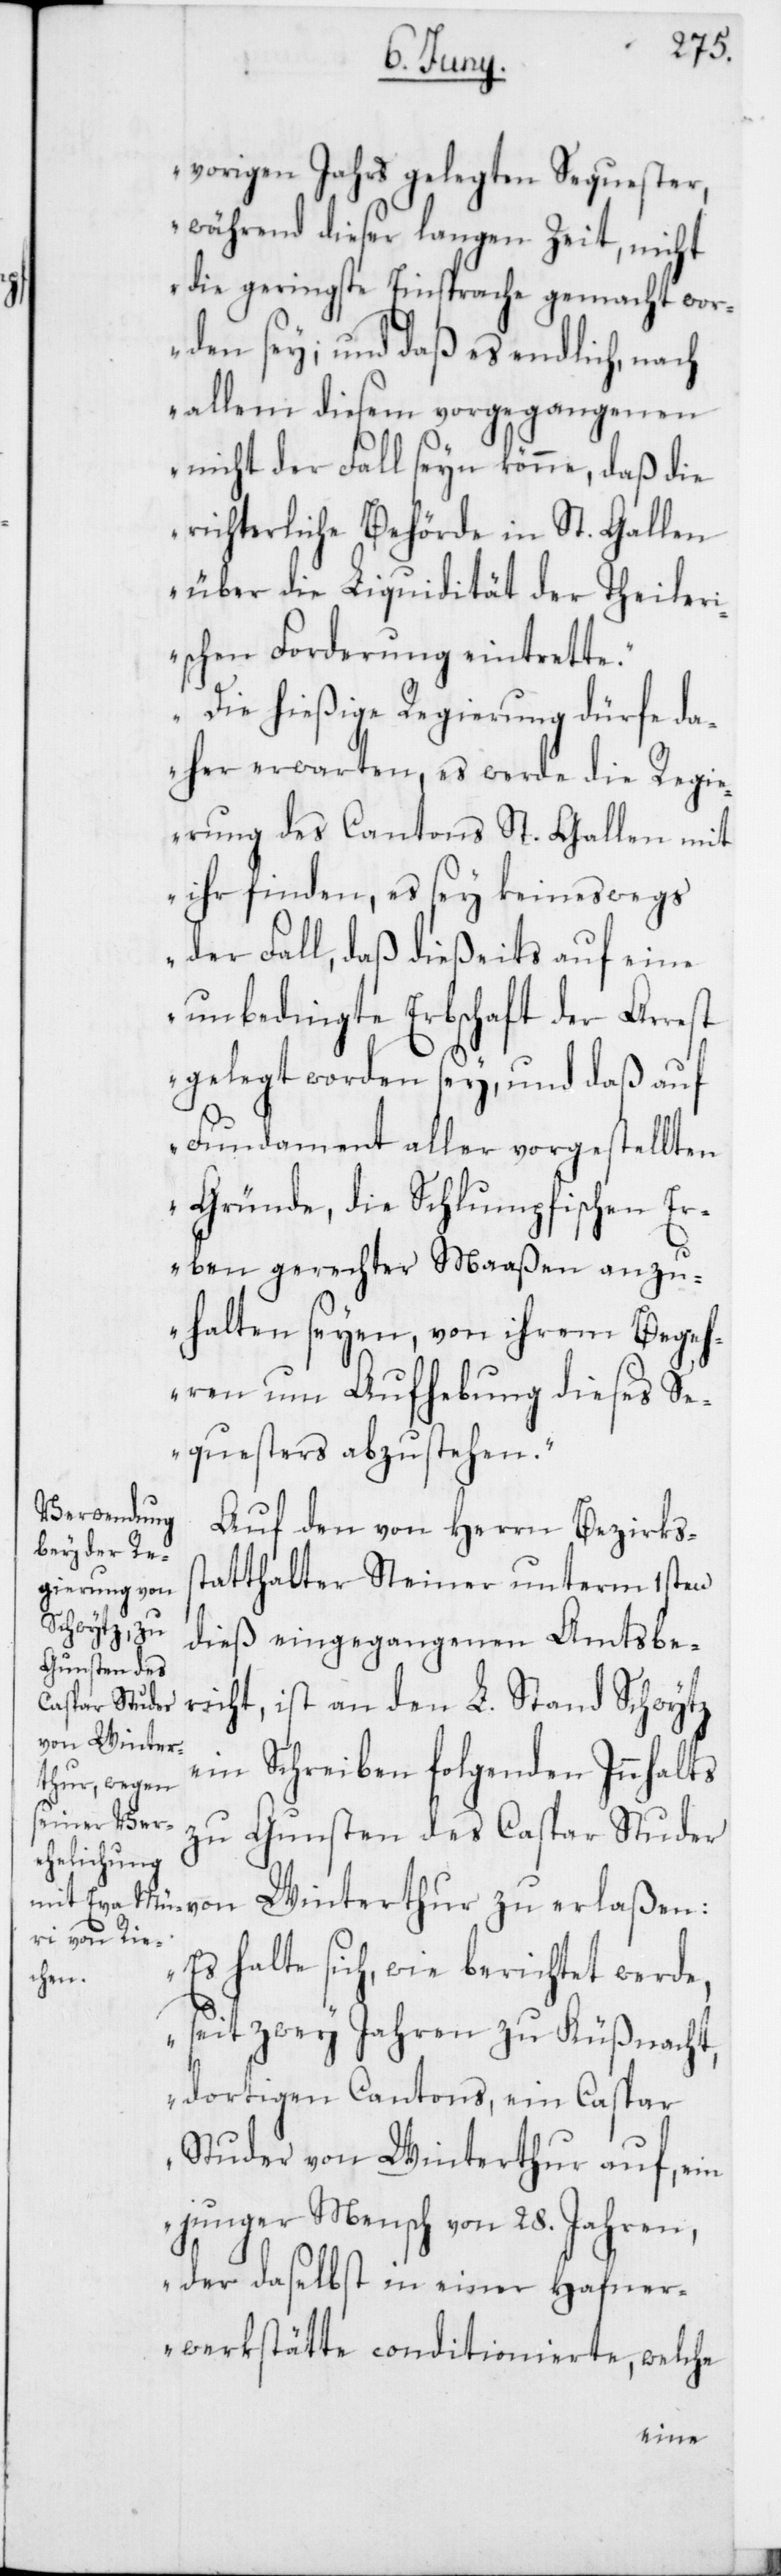
vorigen Jahrs gelegten Sequester,
während dieser langen Zeit, nicht
die geringste Einsprache gemacht wor¬
den sey; und daß es endlich, nach
allem diesem vorgegangenen
nicht der Fall seyn könne, daß die
richterliche Behörde in St. Gallen
über die Liquidität der Theiler¬
ischen Forderung eintrette.
Die hießige Regierung dürfe da¬
her erwarten, es werde die Regi¬
erung des Cantons St. Gallen mit
ihr finden, es sey keineswegs
der Fall, daß dießeits auf eine
unbedingte Erbschaft der Arrest
gelegt worden sey, und daß auf
Fundament aller vorgestellten
Gründe, die Schlumpfischen Er¬
ben gerechter Maaßen anzu¬
halten seyen, von ihrem Begeh¬
ren um Aufhebung dieses Se¬
questers abzustehen.“
Auf den von Herrn Bezirkss¬
tatthalter Steiner unterm 1sten
dieß eingegangenen Amtsbe¬
richt, ist an den L. Stand Schwytz
ein Schreiben folgenden Innhalts
zu Gunsten des Caspar Studer
von Winterthur zu erlaßen:
„Es halte sich, wie berichtet werde,
seit zwey Jahren zu Küßnacht,
dortigen Cantons, ein Caspar
Studer von Winterthur auf, ein
junger Mensch von 28. Jahren,
der daselbst in einer Hafner¬
werkstätte conditionierte, welche